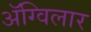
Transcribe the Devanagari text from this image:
अॅग्विलार